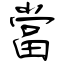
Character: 當